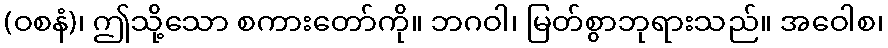
(ဝစနံ)၊ ဤသို့သော စကားတော်ကို။ ဘဂဝါ၊ မြတ်စွာဘုရားသည်။ အဝေါစ၊